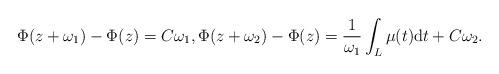
LaTeX: \begin{align*}\Phi(z+\omega_1)-\Phi(z)= C \omega_1, \Phi(z+\omega_2)-\Phi(z)= \frac{1}{\omega_1} \int_L \mu(t) \textrm{d}t+C \omega_2.\end{align*}